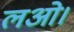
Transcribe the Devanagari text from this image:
लओ।